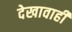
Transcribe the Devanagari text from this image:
देखावाही